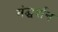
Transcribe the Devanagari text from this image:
मंद्घर्शन